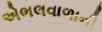
એભલવાળાની